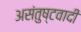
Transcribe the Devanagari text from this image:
असंतुष्टवादी